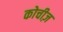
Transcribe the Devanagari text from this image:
कोचीज़